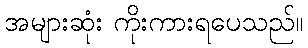
အများဆုံး ကိုးကားရပေသည်။